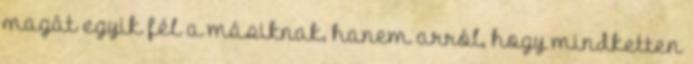
magát egyik fél a másiknak, hanem arról, hogy mindketten